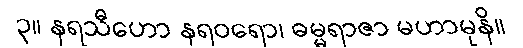
၃။ နရသီဟော နရဝရော၊ ဓမ္မရာဇာ မဟာမုနိ။